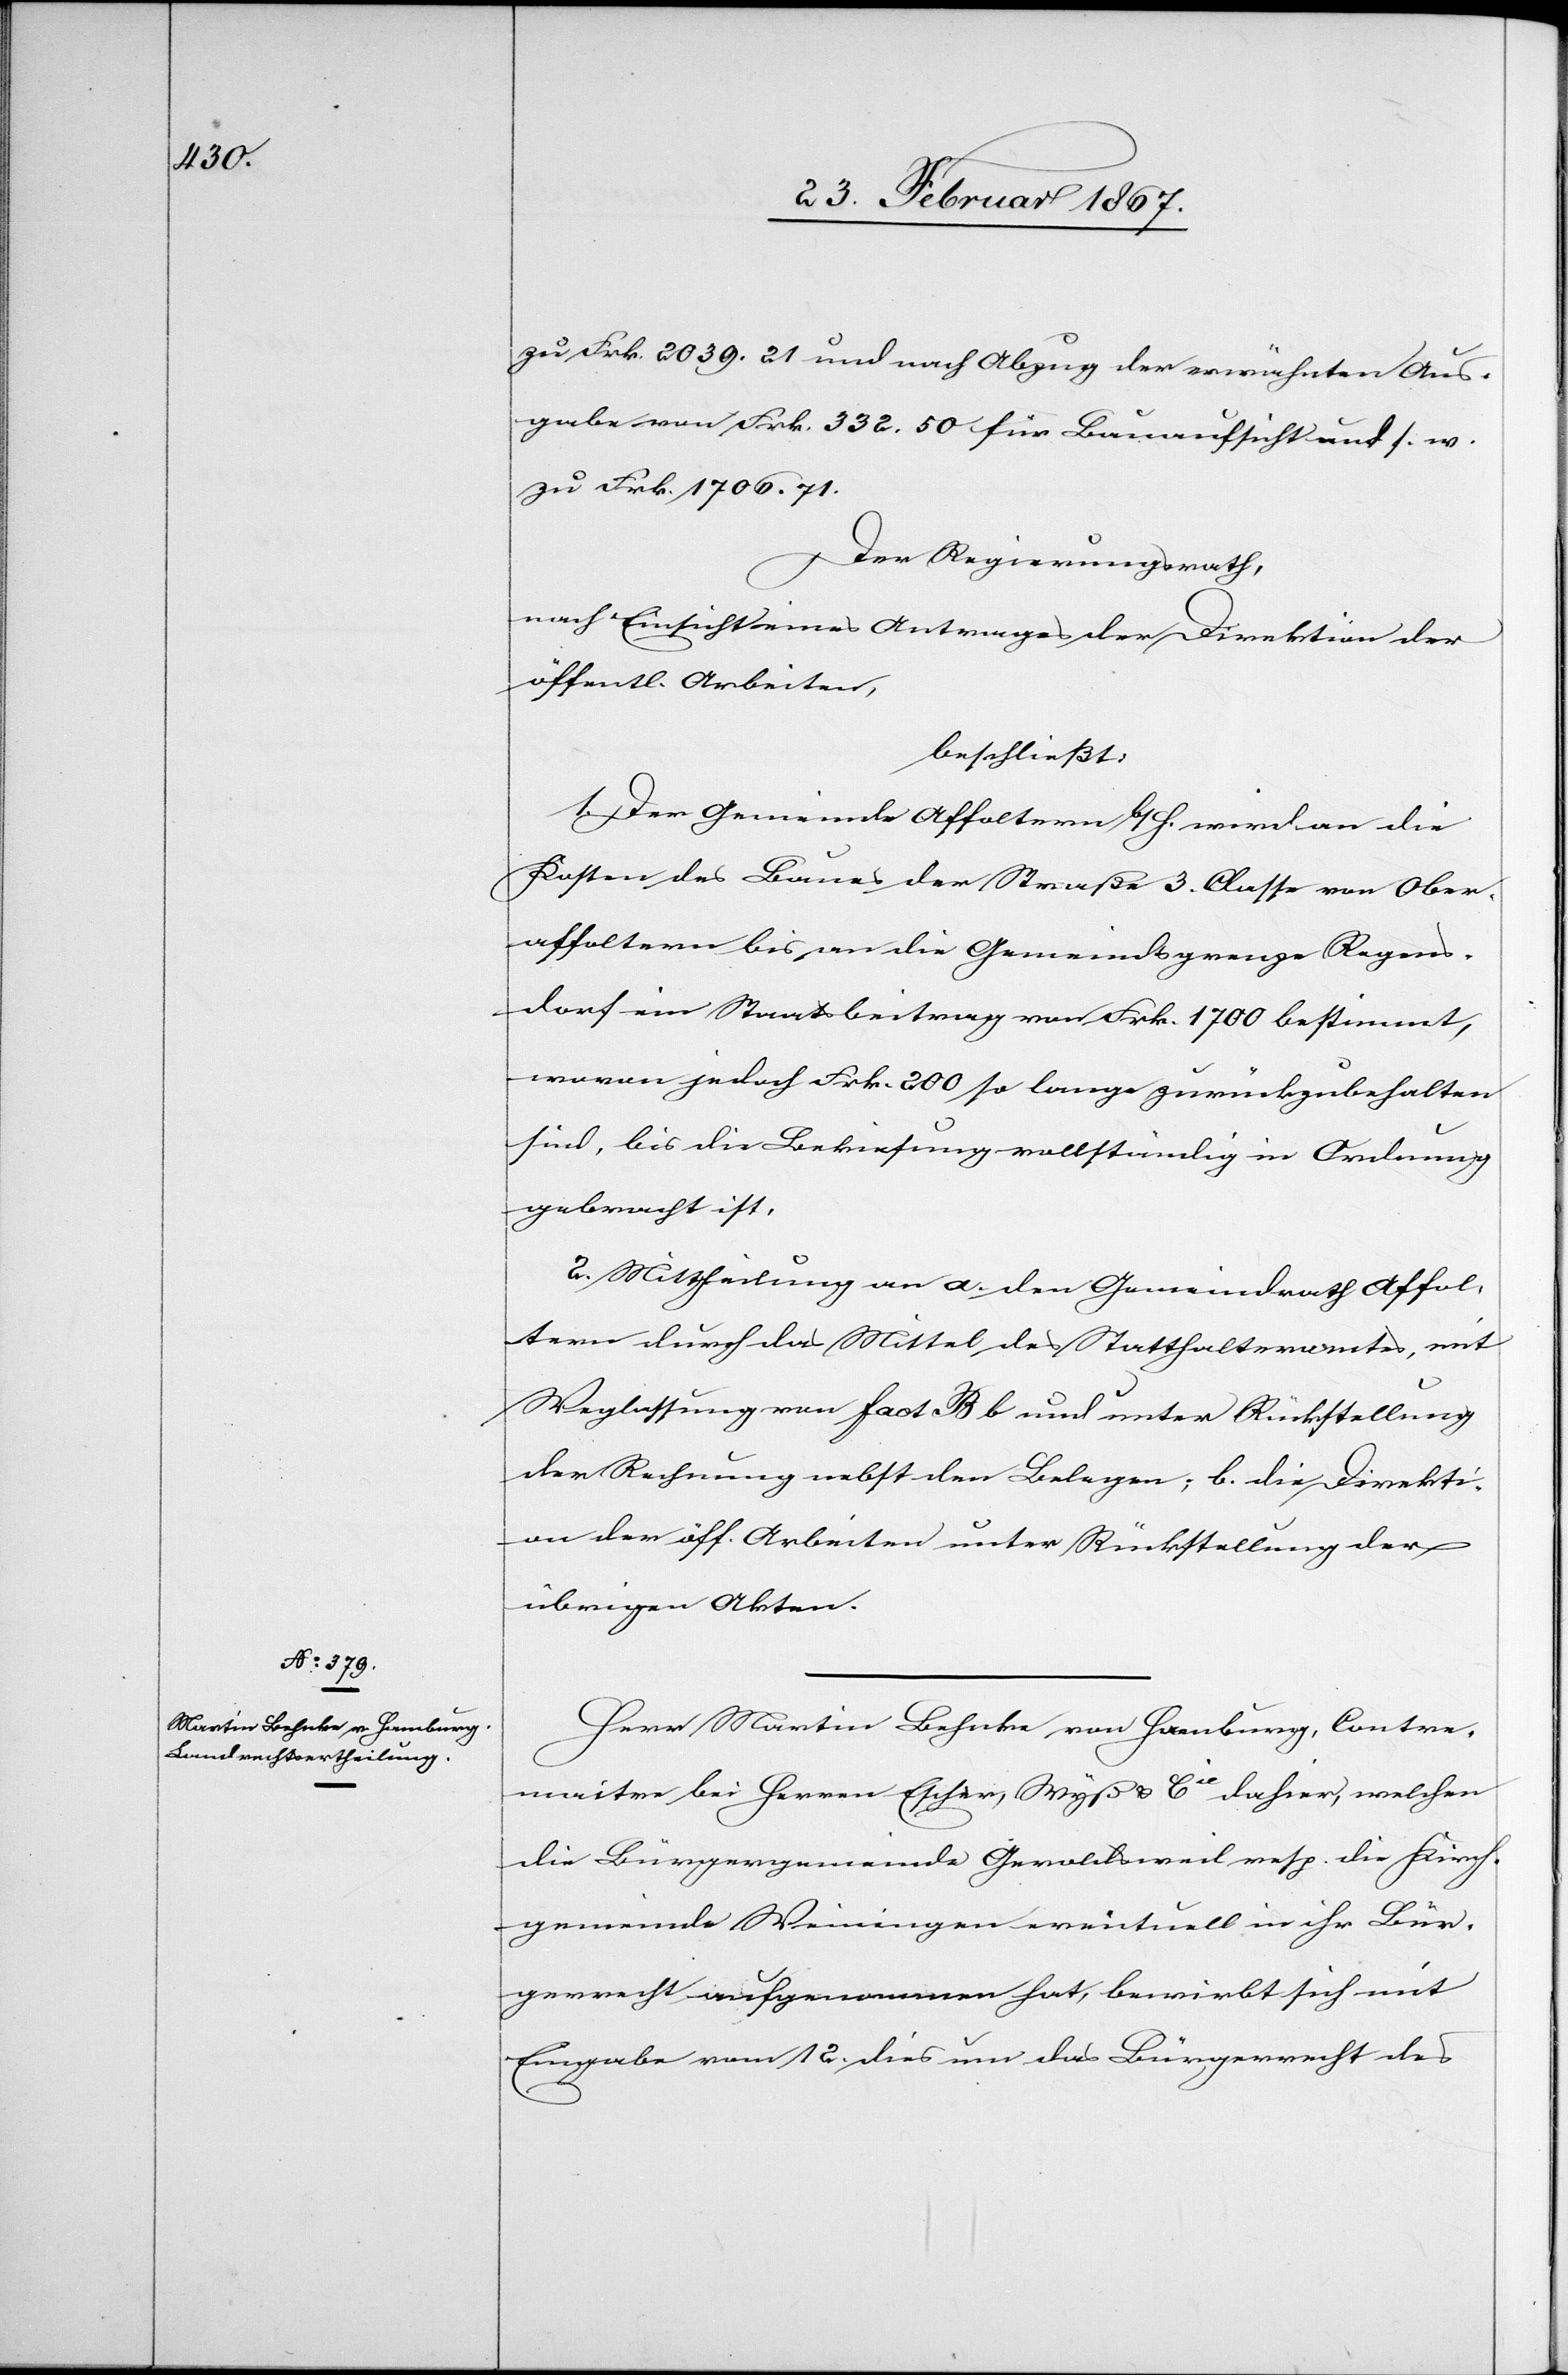
Herr Martin Behnke von Hamburg, Contre¬
maitre bei Herren Escher, Wyß u. Cie dahier, welchen
die Bürgergemeinde Geroldsweil resp. die Kirch¬
gemeinde Weiningen eventuell in ihr Bür¬
gerrecht aufgenommen hat, bewirbt sich mit
Eingabe vom 12. dies um das Bürgerrecht des